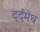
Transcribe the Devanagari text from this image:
दर्दमेघ